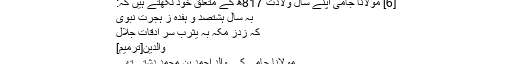
[6] مولانا جامی اپنے سال ولادت 817ھ کے متعلق خود لکھتے ہیں کہ:
بہ سال ہشتصد و ہفدہ زِ ہجرتِ نبوی
کہ زدز مکہ بہ یثرب سُر ادقات جلال
والدین[ترمیم]
مولانا جامی کے والد احمد بن محمد دشتی تھی۔